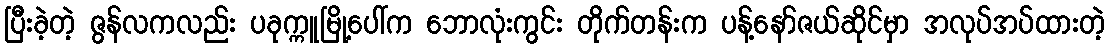
ပြီးခဲ့တဲ့ ဇွန်လကလည်း ပခုက္ကူမြို့ပေါ်က ဘောလုံးကွင်း တိုက်တန်းက ပန့်နော်ဇယ်ဆိုင်မှာ အလုပ်အပ်ထားတဲ့